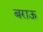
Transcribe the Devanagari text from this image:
बराऊ